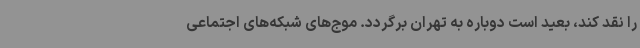
را نقد کند، بعید است دوباره به تهران برگردد. موج‌های شبکه‌های اجتماعی